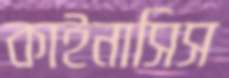
কাইনাসিস